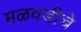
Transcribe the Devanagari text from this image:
मळवडीचे